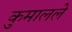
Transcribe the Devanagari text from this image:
कुमालले